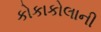
કોકાકોલાની